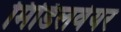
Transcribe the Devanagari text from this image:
मिडिलवेयर